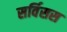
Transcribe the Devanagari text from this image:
सर्विसस